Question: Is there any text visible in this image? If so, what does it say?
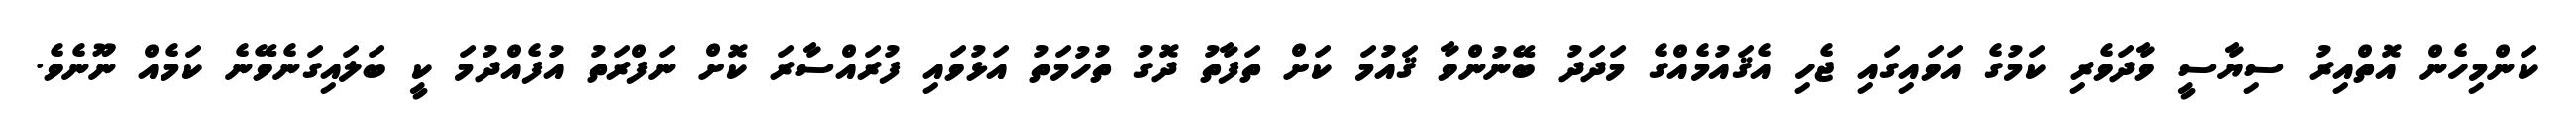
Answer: ކަންމިހެން އޮތްއިރު ސިޔާސީ ވާދަވެރި ކަމުގެ އަވައިގައި ޖެހި އެޤައުމެއްގެ މަދަދު ބޭނުންވާ ޤައުމަ ކަށް ތަފާތު ދޮގު ތުހުމަތު އަޅުވައި ފުރައްސާރަ ކޮށް ނަފްރަތު އުފެއްދުމަ ކީ ބަލައިގަނެވޭނެ ކަމެއް ނޫނެވެ.